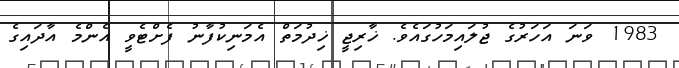
1983 ވަނަ އަހަރުގެ ޖުލައިމަހުގައެވެ. ޚާރިޖީ ޚިދުމަތް އެމަނިކުފާނު ފެށްޓެވީ އެންމެ އާދައިގެ